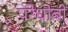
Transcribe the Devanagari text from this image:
परेधोबी